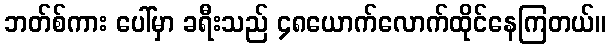
ဘတ်စ်ကား ပေါ်မှာ ခရီးသည် ၄၈ယောက်လောက်ထိုင်နေကြတယ်။